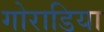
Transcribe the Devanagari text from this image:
गोराडिया